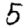
Digit: 5